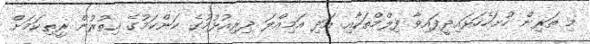
މި ތަރިން ހުށަހެހަޅައިދީފައިވާ ފިލްމްތަކާއި އަދި އަމިއްލަ ދިރިއުޅުމުގެ ކަންކަމުގެ އިތުރުން ރީތިކަމަށް